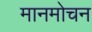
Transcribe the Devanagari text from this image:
मानमोचन